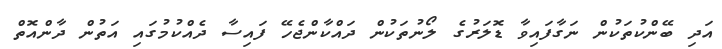
އަދި ބޭންކުތަކުން ނަގާފައިވާ ޑޮލަރުގެ ލޯނުތަކުން ދައްކާންޖެހޭ ފައިސާ ދެއްކުމުގައި އަތުން ދާންއޮތް